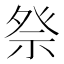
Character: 𫞴